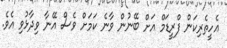
އެހީތެރިކަން ފްރީޑަމް އަށް ބޭނުން ވާނެ ކަމަށް ވެސް އޭނާ ވިދާޅުވި އެވެ.